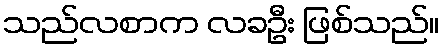
သည်လစာက လခဦး ဖြစ်သည်။